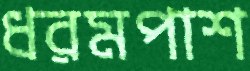
ধরমপাশ